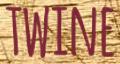
TWINE